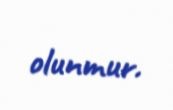
olunmur.